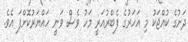
ދަށުގެ ކުއްޖަކު މި އަހަރުގެ ފެބްރުއަރީ މަހު ވެސް ވަނީ ހައްޔަރުކޮށްފަ އެވެ.